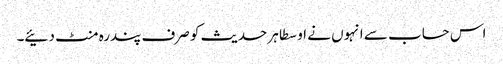
اس حساب سے انہوں نے اوسطا ہر حدیث کو صرف پندرہ منٹ دئیے۔